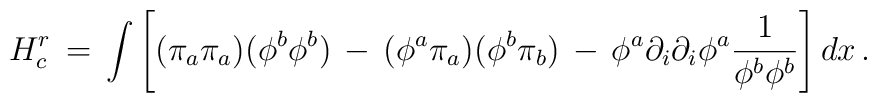
H_{c}^{r}\, =\, \int \left[ (\pi_a \pi_a )(\phi^b \phi^b ) \, -\,(\phi^a \pi_a )(\phi^b \pi_b ) \, -\,\phi^a \partial_i \partial_i \phi^a {1\over\phi^b \phi^b} \right] dx\, .